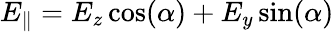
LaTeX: E_{\parallel}=E_{z}\cos(\alpha)+E_{y}\sin(\alpha)